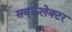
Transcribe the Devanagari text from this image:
सब्‌कलेक्टर